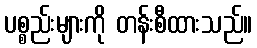
ပစ္စည်းများကို တန်းစီထားသည်။